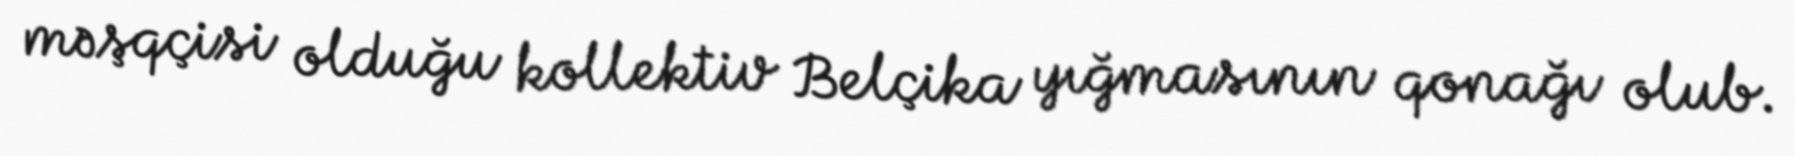
məşqçisi olduğu kollektiv Belçika yığmasının qonağı olub.